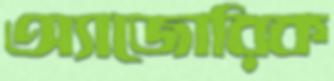
অ্যাজোরিক